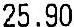
25.90